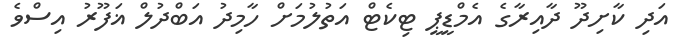
އަދި ކާށިދޫ ދާއިރާގެ އެމްޑީޕީ ޓިކެޓް އަތުލުމަށް ހާމިދު އަބްދުލް ޣަފޫރު އިސްވެ